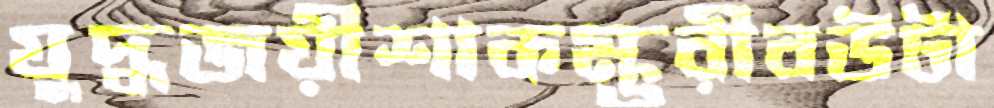
যুদ্ধজয়ীশাকম্ভরীবউটা